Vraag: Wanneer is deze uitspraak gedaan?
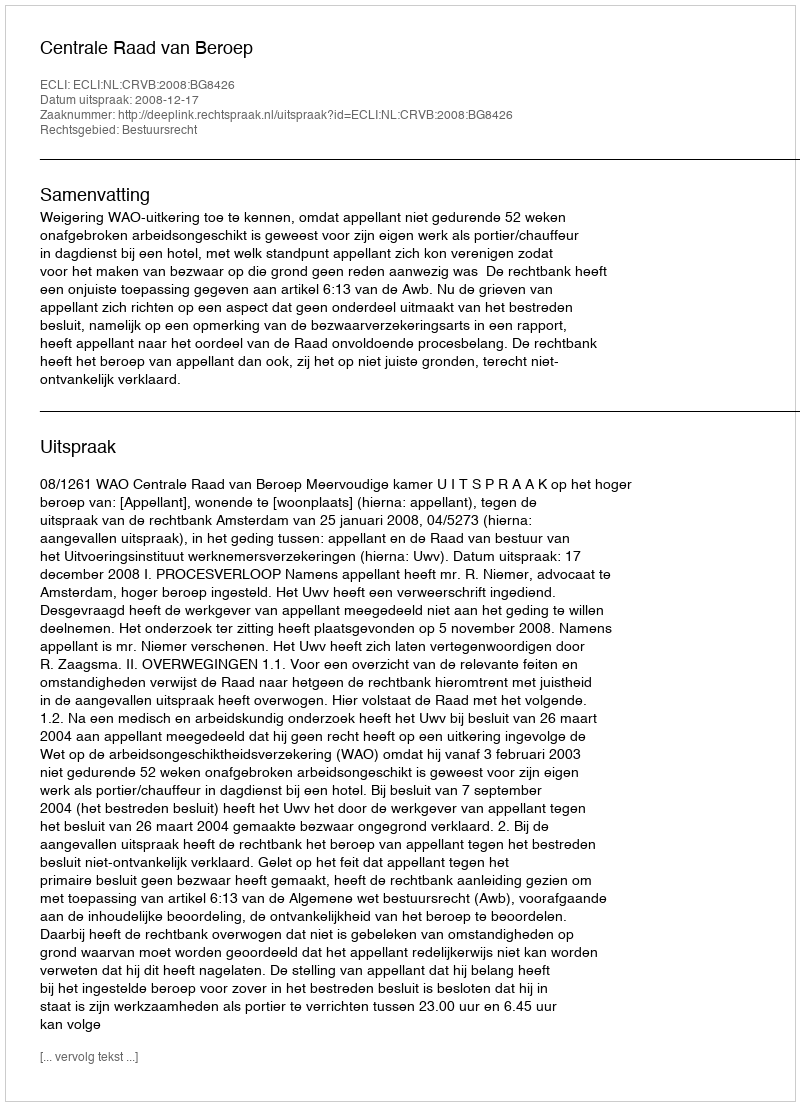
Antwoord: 2008-12-17